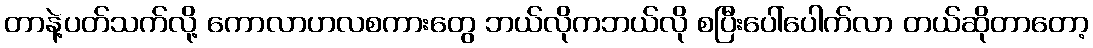
တာနဲ့ပတ်သက်လို့ ကောလာဟလစကားတွေ ဘယ်လိုကဘယ်လို စပြီးပေါ်ပေါက်လာ တယ်ဆိုတာတော့